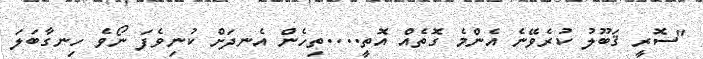
"ސޮރީ ޤަބޫލު ކުރެވޭނެ އެންމެ ގޮތެއް އޮތީ....ތިހެން އެނދަށް ކުނިވެފަ ނޯވެ ހިނގާބަލަ